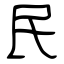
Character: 民